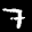
Label: 7